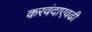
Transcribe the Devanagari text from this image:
करवंदाएवढी